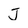
Character: J